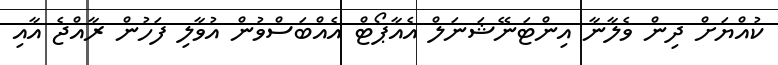
ކުއްޔަށް ދިން ވެލާނާ އިންޓަނޭޝަނަލް އެއާޕޯޓް އެއްބަސްވުން އުވާލި ފަހުން ރާއްޖެ އާއި